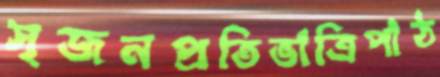
সৃজনপ্রতিভাত্রিপাঠ